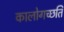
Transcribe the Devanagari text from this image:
कालोगच्छति